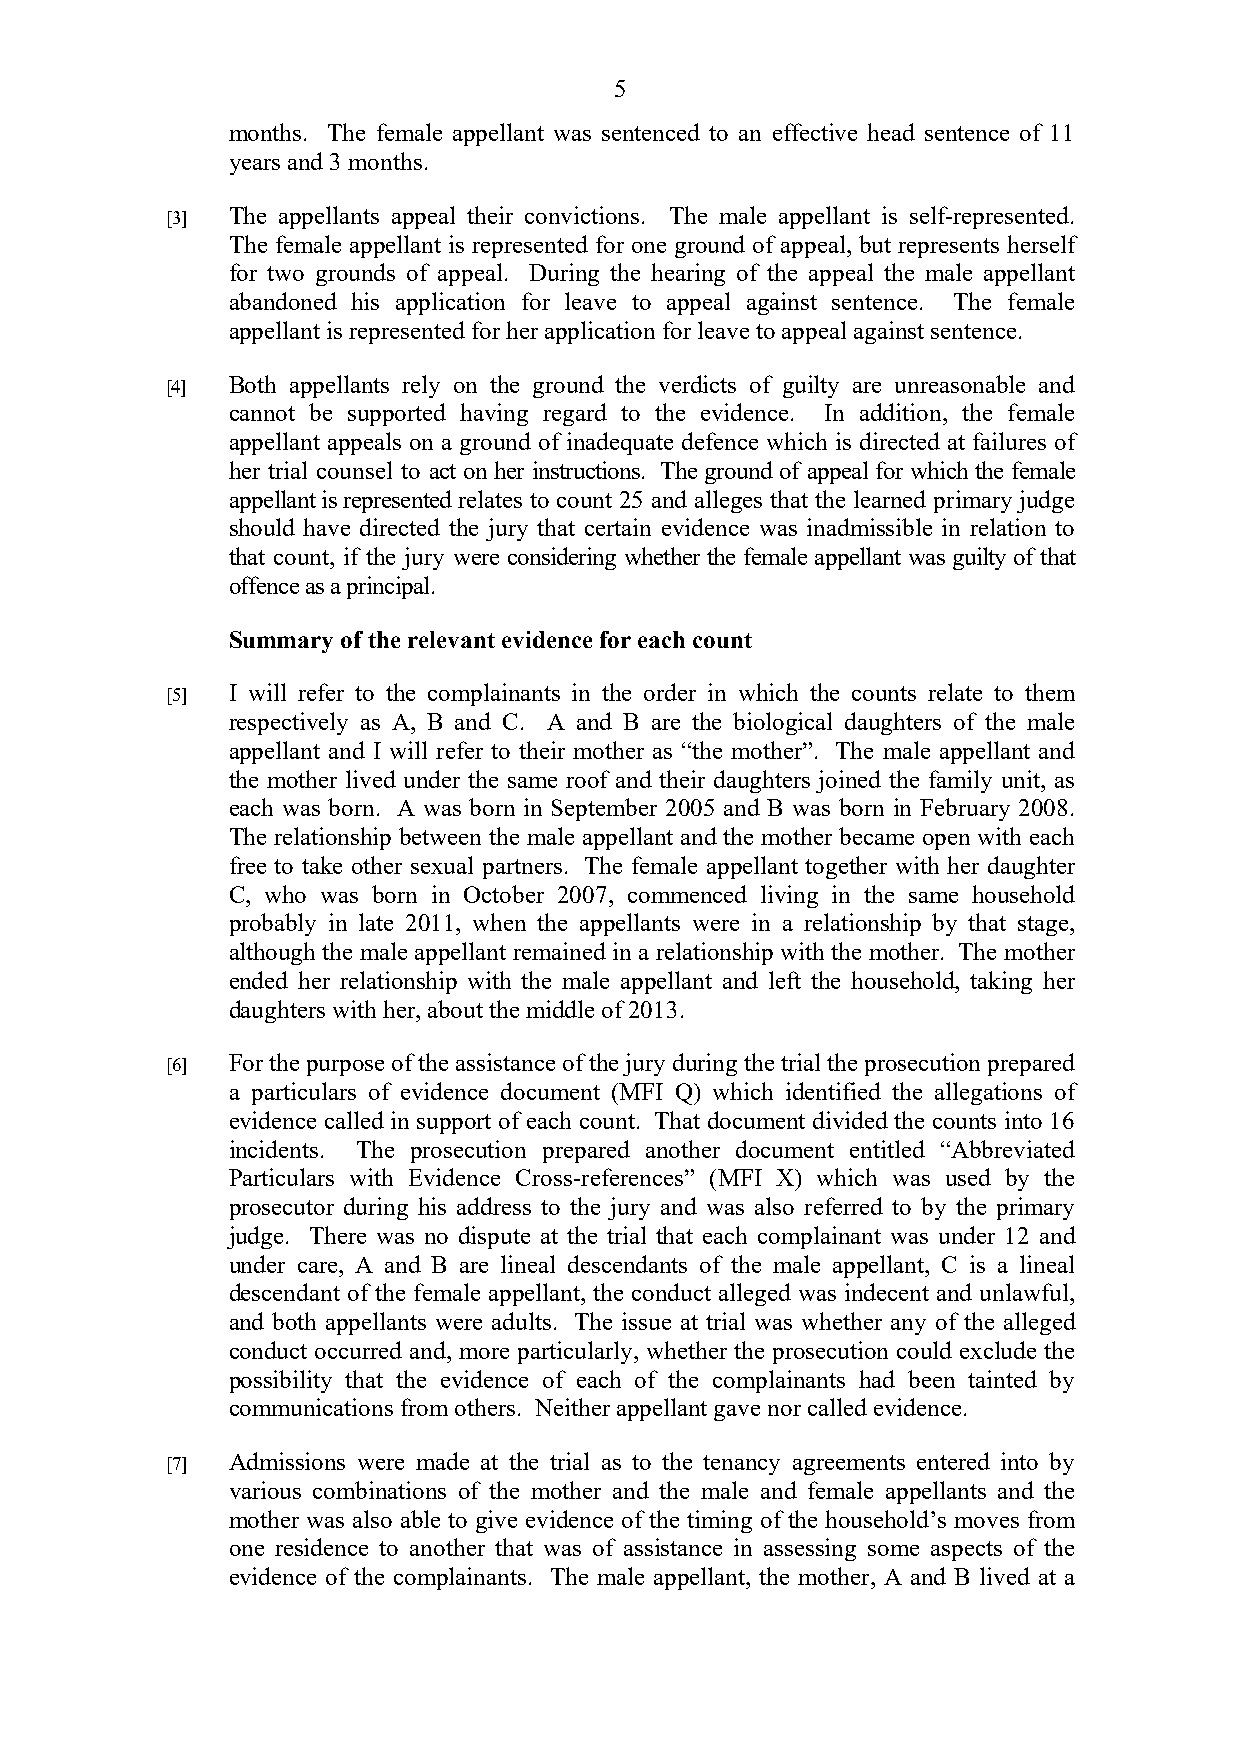
5
 months. The female appellant was sentenced to an effective head sentence of 11
 years and 3 months.
 [3] The appellants appeal their convictions. The male appellant is self-represented.
 The female appellant is represented for one ground of appeal, but represents herself
 for two grounds of appeal. During the hearing of the appeal the male appellant
 abandoned his application for leave to appeal against sentence. The female
 appellant is represented for her application for leave to appeal against sentence.
 [4] Both appellants rely on the ground the verdicts of guilty are unreasonable and
 cannot be supported having regard to the evidence. In addition, the female
 appellant appeals on a ground of inadequate defence which is directed at failures of
 her trial counsel to act on her instructions. The ground of appeal for which the female
 appellant is represented relates to count 25 and alleges that the learned primary judge
 should have directed the jury that certain evidence was inadmissible in relation to
 that count, if the jury were considering whether the female appellant was guilty of that
 offence as a principal.
 Summary of the relevant evidence for each count
 [5] I will refer to the complainants in the order in which the counts relate to them
 respectively as A, B and C. A and B are the biological daughters of the male
 appellant and I will refer to their mother as “the mother”. The male appellant and
 the mother lived under the same roof and their daughters joined the family unit, as
 each was born. A was born in September 2005 and B was born in February 2008.
 The relationship between the male appellant and the mother became open with each
 free to take other sexual partners. The female appellant together with her daughter
 C, who was born in October 2007, commenced living in the same household
 probably in late 2011, when the appellants were in a relationship by that stage,
 although the male appellant remained in a relationship with the mother. The mother
 ended her relationship with the male appellant and left the household, taking her
 daughters with her, about the middle of 2013.
 [6] For the purpose of the assistance of the jury during the trial the prosecution prepared
 a particulars of evidence document (MFI Q) which identified the allegations of
 evidence called in support of each count. That document divided the counts into 16
 incidents. The prosecution prepared another document entitled “Abbreviated
 Particulars with Evidence Cross-references” (MFI X) which was used by the
 prosecutor during his address to the jury and was also referred to by the primary
 judge. There was no dispute at the trial that each complainant was under 12 and
 under care, A and B are lineal descendants of the male appellant, C is a lineal
 descendant of the female appellant, the conduct alleged was indecent and unlawful,
 and both appellants were adults. The issue at trial was whether any of the alleged
 conduct occurred and, more particularly, whether the prosecution could exclude the
 possibility that the evidence of each of the complainants had been tainted by
 communications from others. Neither appellant gave nor called evidence.
 [7] Admissions were made at the trial as to the tenancy agreements entered into by
 various combinations of the mother and the male and female appellants and the
 mother was also able to give evidence of the timing of the household’s moves from
 one residence to another that was of assistance in assessing some aspects of the
 evidence of the complainants. The male appellant, the mother, A and B lived at a